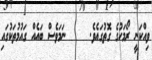
ވިއްކަނީ ރޯމަހުގެ ގޮތުގައެވެ.     ނަމަވެސް ބައެއް ގައުމުތަކުގައި